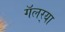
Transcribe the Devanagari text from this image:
गॅलर्‍या